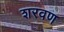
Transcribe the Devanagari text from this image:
शरवण